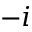
- i